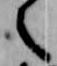
之